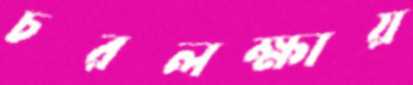
চরলক্ষায়